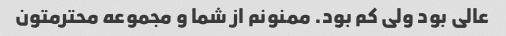
عالی بود ولی کم بود. ممنونم از شما و مجموعه محترمتون